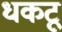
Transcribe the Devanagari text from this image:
धकटू